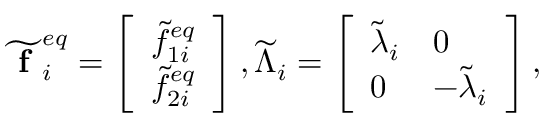
\widetilde { \textbf { f } } _ { i } ^ { e q } = \left[ \begin{array} { l } { \widetilde { f } _ { 1 i } ^ { e q } } \\ { \widetilde { f } _ { 2 i } ^ { e q } } \end{array} \right] , \widetilde { \Lambda } _ { i } = \left[ \begin{array} { l l } { \widetilde { \lambda } _ { i } } & { 0 } \\ { 0 } & { - \widetilde { \lambda } _ { i } } \end{array} \right] ,